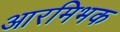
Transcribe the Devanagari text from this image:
आरमिभक